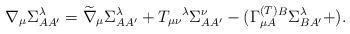
LaTeX: \begin{align*}\nabla _{\mu }\Sigma _{AA^{\prime }}^{\lambda }=\widetilde{\nabla }_{\mu}\Sigma _{AA^{\prime }}^{\lambda }+T_{\mu \nu }{}^{\lambda }\Sigma_{AA^{\prime }}^{\nu }-(\Gamma _{\mu A}^{{\footnotesize (T)}}{}^{B}\Sigma_{BA^{\prime }}^{\lambda }+). \end{align*}